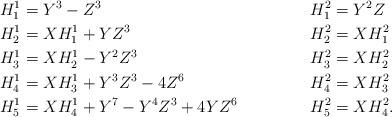
LaTeX: \begin{align*} H_1^1&=Y^3-Z^3 &H_1^2&=Y^2Z\\ H_2^1&=XH_1^1+YZ^3 & H_2^2&=XH_1^2\\ H_3^1&=XH_2^1-Y^2Z^3 &H_3^2&=XH_2^2\\ H_4^1&=XH_3^1+Y^3Z^3-4Z^6 & H_4^2&=XH_3^2 \\ H_5^1&=XH_4^1+Y^7-Y^4Z^3+4YZ^6 & H_5^2&=XH_4^2. \end{align*}